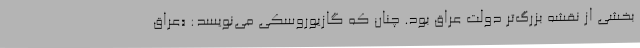
بخشی از نقشه بزرگ‌تر دولت عراق بود. چنان که گازیوروسکی می‌نویسد: «عراق